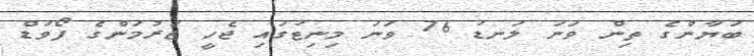
ބަޔާންގެ ތިން ވަނަ ލަނޑު 76 ވަނަ މިނިޓުގައި ޖެހީ ޖަރުމަންގެ ފޯވަޑް